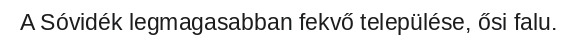
A Sóvidék legmagasabban fekvő települése, ősi falu.